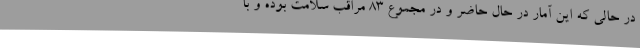
در حالی که این آمار در حال حاضر و در مجموع 83 مراقب سلامت بوده و با